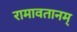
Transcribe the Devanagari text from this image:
रामावतानम्‌